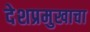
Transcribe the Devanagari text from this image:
देशप्रमुखाचा